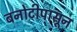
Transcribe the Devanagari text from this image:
बनोटीपासून